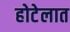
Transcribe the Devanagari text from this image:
होटेलात